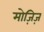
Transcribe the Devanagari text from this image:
मोज़िज़